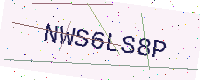
Text: NWS6LS8P